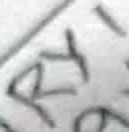
Text: RY1